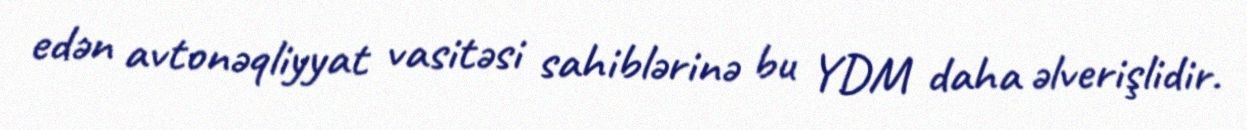
edən avtonəqliyyat vasitəsi sahiblərinə bu YDM daha əlverişlidir.